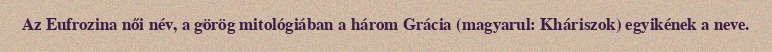
Az Eufrozina női név, a görög mitológiában a három Grácia (magyarul: Kháriszok) egyikének a neve.